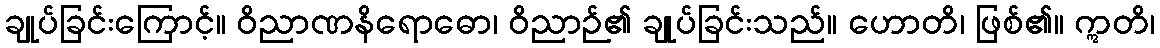
ချုပ်ခြင်းကြောင့်။ ဝိညာဏနိရောဓော၊ ဝိညာဉ်၏ ချုပ်ခြင်းသည်။ ဟောတိ၊ ဖြစ်၏။ ဣတိ၊